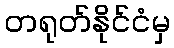
တရုတ်နိုင်ငံမှ